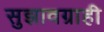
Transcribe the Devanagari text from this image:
सुझावग्राही